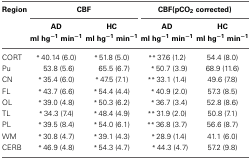
<table><thead><tr><td><b>Region</b></td><td colspan="2"><b>CBF</b></td><td colspan="2"><b>CBF(pCO<sub>2</sub> corrected)</b></td></tr><tr><td></td><td><b>AD ml hg<sup>−1</sup> min<sup>−1</sup></b></td><td><b>HC ml hg<sup>−1</sup> min<sup>−1</sup></b></td><td><b>AD ml hg<sup>−1</sup> min<sup>−1</sup></b></td><td><b>HC ml hg<sup>−1</sup> min<sup>−1</sup></b></td></tr></thead><tbody><tr><td>CORT</td><td><sup>*</sup>40.14 (6.0)</td><td><sup>*</sup>51.8 (5.0)</td><td><sup>**</sup>37.6 (1.2)</td><td>54.4 (8.0)</td></tr><tr><td>Pu</td><td>53.8 (5.6)</td><td>65.5 (6.7)</td><td><sup>*</sup>50.7 (3.9)</td><td>68.9 (11.6)</td></tr><tr><td>CN</td><td><sup>*</sup>35.4 (6.0)</td><td><sup>*</sup>47.5 (7.1)</td><td><sup>**</sup>33.1 (1.4)</td><td>49.6 (7.8)</td></tr><tr><td>FL</td><td><sup>*</sup>43.7 (6.6)</td><td><sup>*</sup>54.4 (4.4)</td><td><sup>*</sup>40.9 (2.0)</td><td>57.3 (8.5)</td></tr><tr><td>OL</td><td><sup>*</sup>39.0 (4.8)</td><td><sup>*</sup>50.3 (6.2)</td><td><sup>*</sup>36.7 (3.4)</td><td>52.8 (8.6)</td></tr><tr><td>TL</td><td><sup>*</sup>34.3 (7.4)</td><td><sup>*</sup>48.4 (4.9)</td><td><sup>**</sup>31.9 (2.0)</td><td>50.8 (7.1)</td></tr><tr><td>PL</td><td><sup>*</sup>39.5 (8.4)</td><td><sup>*</sup>54.0 (6.1)</td><td><sup>**</sup>36.8 (3.7)</td><td>56.6 (8.7)</td></tr><tr><td>WM</td><td><sup>*</sup>30.8 (4.7)</td><td><sup>*</sup>39.1 (4.3)</td><td><sup>*</sup>28.9 (1.4)</td><td>41.1 (6.0)</td></tr><tr><td>CERB</td><td><sup>*</sup>46.9 (4.8)</td><td><sup>*</sup>54.3 (4.7)</td><td><sup>*</sup>44.3 (4.7)</td><td>57.2 (9.8)</td></tr></tbody></table>